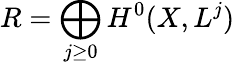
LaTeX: R=\bigoplus_{j\geq 0}H^{0}(X,L^{j})